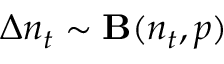
\Delta n _ { t } \sim { \bf B } ( n _ { t } , p )